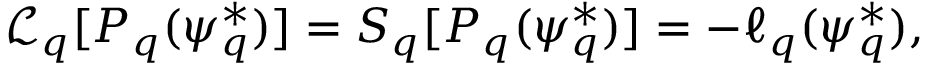
\mathcal { L } _ { q } [ P _ { q } ( \psi _ { q } ^ { * } ) ] = S _ { q } [ P _ { q } ( \psi _ { q } ^ { * } ) ] = - \ell _ { q } ( \psi _ { q } ^ { * } ) ,